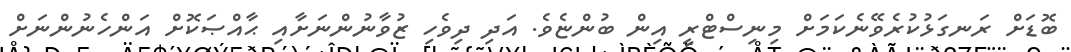
ބޮޑަށް ރަނގަޅުކުރެވޭނެކަމަށް މިނިސްޓްރީ އިން ބުންޏެވެ. އަދި ދިވެހި ޒުވާނުންނަށާއި ޙާއްޞަކޮށް އަންހެނުންނަށް